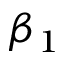
\beta _ { 1 }